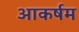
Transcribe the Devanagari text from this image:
आकर्षम